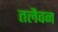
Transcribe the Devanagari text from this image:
तलैवन